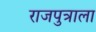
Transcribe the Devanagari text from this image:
राजपुत्राला